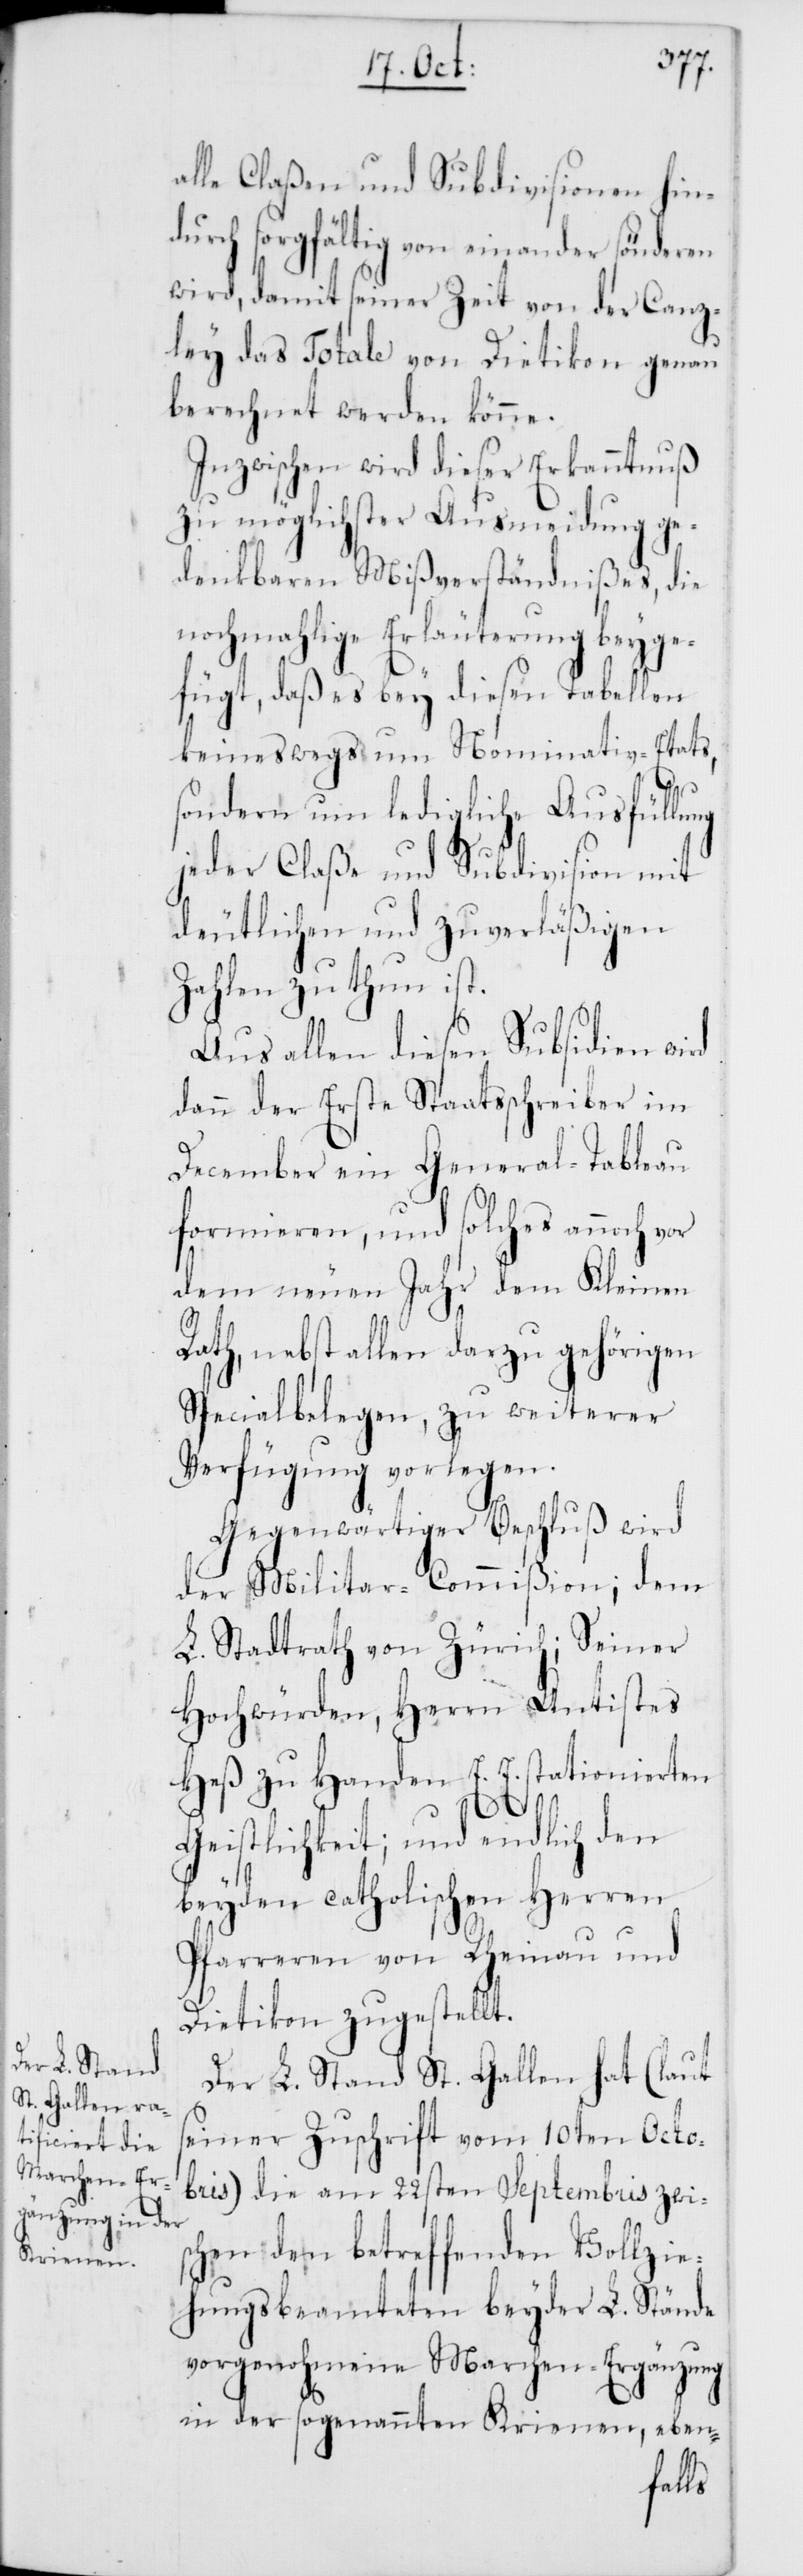
alle Claßen und Subdivisionen hin¬
durch sorgfältig voneinander sönderen
wird, damit seiner Zeit von der Canz¬
ley das Totale von Dietikon genau
berechnet werden könne.
Inzwischen wird dieser Erkanntnuß
zu möglichster Ausmeidung ge¬
denkbaren Mißverständnißes, die
nochmahlige Erläuterung beyge¬
fügt, daß es bey diesen Tabellen
keinerswegs um Nominativ-Etats,
sondern um ledigliche Ausfüllung
jeder Claße und Subdivision mit
deutlichen und zuverläßigen
Zahlen zu thun ist.
Aus allen diesen Subsidien wird
dann der Erste Staatsschreiber im
December ein General-Tableau
formieren, und solches annoch vor
dem neuen Jahr dem Kleinen
Rath nebst allen darzu gehörigen
Specialbelegen, zu weiterer
Verfügung vorlegen.
Gegenwärtiger Beschluß wird
der Militar-Commißion; dem
L. Stadtrath von Zürich; Seiner
Hochwürden, Herrn Antistes
Heß zu Handen E. E. stationierten
Geistlichkeit; und endlich den
beyden catholischen Herren
Pfarreren von Rheinau und
Dietikon zugestellt.
Der L. Stand St. Gallen hat (laut
seiner Zuschrift vom 10ten Octo¬
bris) die am 22sten Septembris zwis¬
chen den betreffenden Vollzie¬
hungsbeamteten beyder L. Stände
vorgenohmene Marchen-Ergänzung
in der sogenannten Krienen, eben-